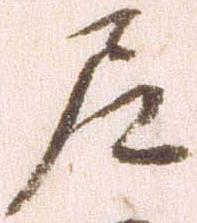
尼